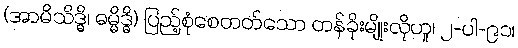
(အာမိသိဒ္ဓိ၊ ဓမ္မိဒ္ဓိ) ပြည့်စုံစေတတ်သော တန်ခိုးမျိုးလိုဟူ၊ ၂-ပါ-၉၁၊